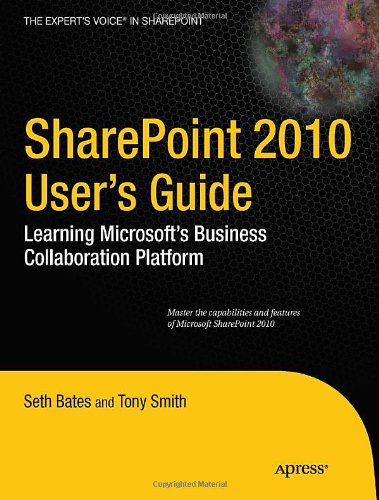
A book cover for SharePoint 2010 User's Guide: Learning Microsoft's Business Collaboration Platform (Expert's Voice in Sharepoint); Seth Bates; Computers & Technology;